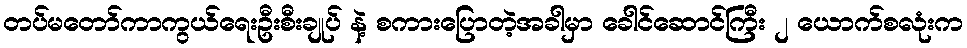
တပ်မတော်ကာကွယ်ရေးဦးစီးချုပ် နဲ့ စကားပြောတဲ့အခါမှာ ခေါင်ဆောင်ကြီး ၂ ယောက်စလုံးက